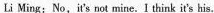
Li Ming: No, it's not mine. 1 think it's his.